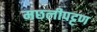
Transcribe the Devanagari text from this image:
मछलीपट्टण